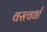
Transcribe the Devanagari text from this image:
वस्त्वर्धा